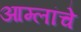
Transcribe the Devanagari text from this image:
आम्लांचे